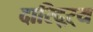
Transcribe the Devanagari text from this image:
दारिद्‌ऱ्य